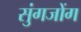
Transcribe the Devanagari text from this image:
सुंगजोंग